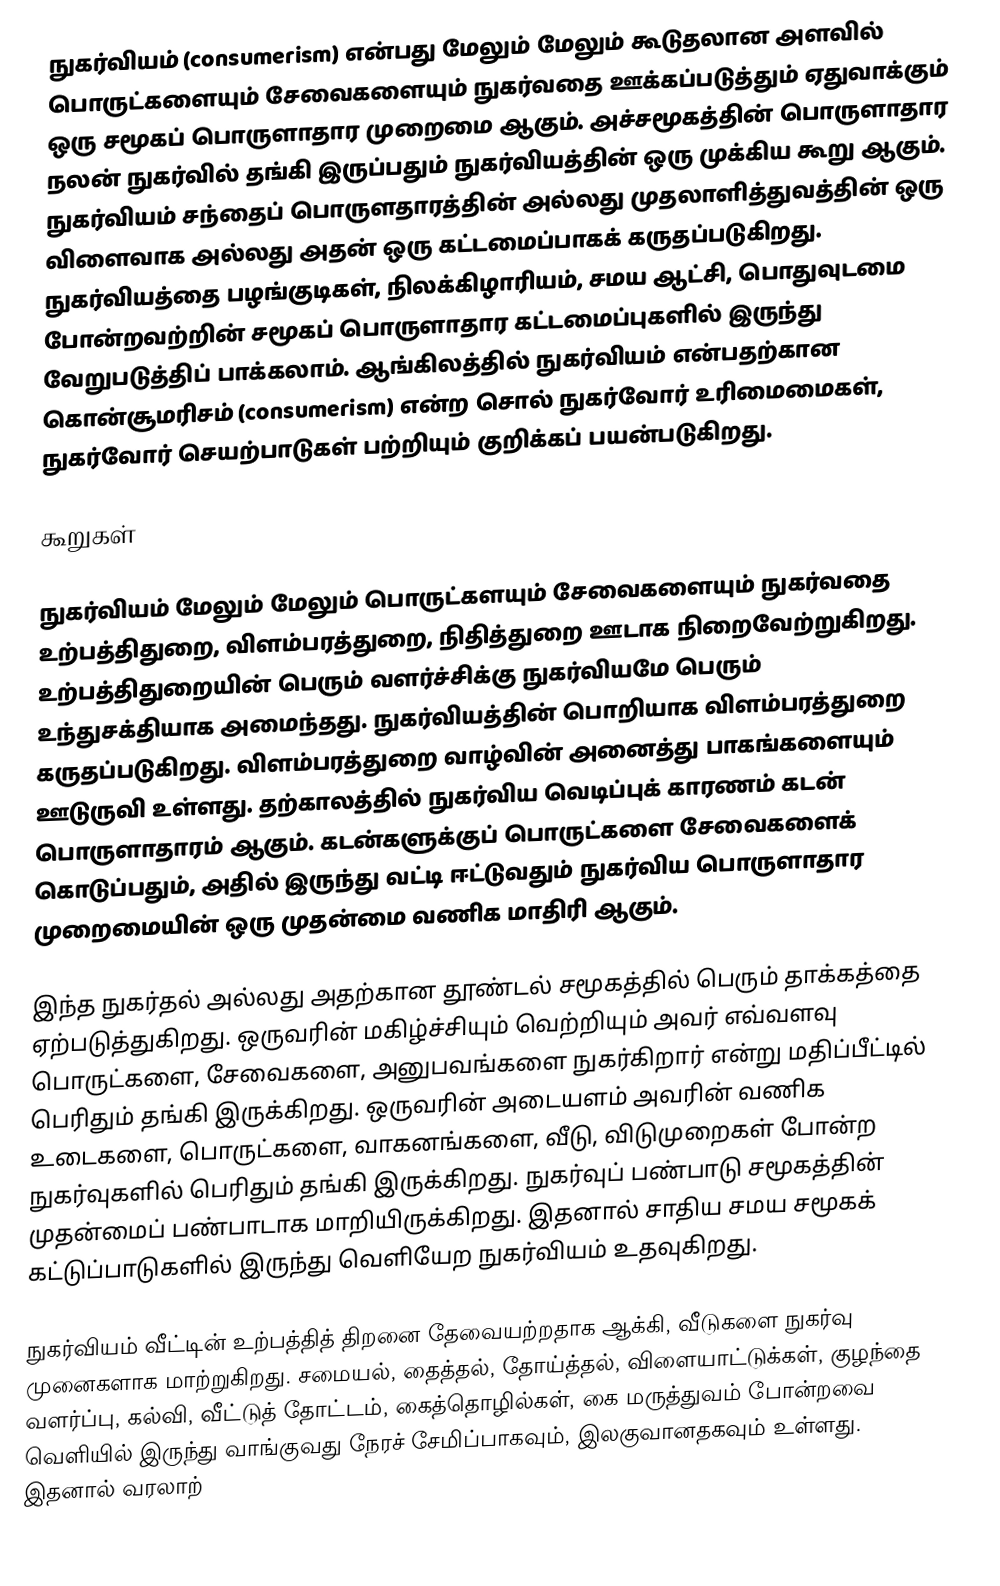
நுகர்வியம் (consumerism) என்பது மேலும் மேலும் கூடுதலான அளவில் பொருட்களையும் சேவைகளையும் நுகர்வதை ஊக்கப்படுத்தும் ஏதுவாக்கும் ஒரு சமூகப் பொருளாதார முறைமை ஆகும்.  அச்சமூகத்தின் பொருளாதார நலன் நுகர்வில் தங்கி இருப்பதும் நுகர்வியத்தின் ஒரு முக்கிய கூறு ஆகும்.  நுகர்வியம் சந்தைப் பொருளதாரத்தின் அல்லது முதலாளித்துவத்தின் ஒரு விளைவாக அல்லது அதன் ஒரு கட்டமைப்பாகக் கருதப்படுகிறது.  நுகர்வியத்தை பழங்குடிகள், நிலக்கிழாரியம், சமய ஆட்சி, பொதுவுடமை போன்றவற்றின் சமூகப் பொருளாதார கட்டமைப்புகளில் இருந்து வேறுபடுத்திப் பாக்கலாம்.  ஆங்கிலத்தில் நுகர்வியம் என்பதற்கான கொன்சூமரிசம் (consumerism) என்ற சொல் நுகர்வோர் உரிமைமைகள், நுகர்வோர் செயற்பாடுகள் பற்றியும் குறிக்கப் பயன்படுகிறது.

கூறுகள்

நுகர்வியம் மேலும் மேலும் பொருட்களயும் சேவைகளையும் நுகர்வதை உற்பத்திதுறை, விளம்பரத்துறை, நிதித்துறை ஊடாக நிறைவேற்றுகிறது.  உற்பத்திதுறையின் பெரும் வளர்ச்சிக்கு நுகர்வியமே பெரும் உந்துசக்தியாக அமைந்தது.  நுகர்வியத்தின் பொறியாக விளம்பரத்துறை கருதப்படுகிறது.  விளம்பரத்துறை வாழ்வின் அனைத்து பாகங்களையும் ஊடுருவி உள்ளது.  தற்காலத்தில் நுகர்விய வெடிப்புக் காரணம் கடன் பொருளாதாரம் ஆகும்.  கடன்களுக்குப் பொருட்களை சேவைகளைக் கொடுப்பதும், அதில் இருந்து வட்டி ஈட்டுவதும் நுகர்விய பொருளாதார முறைமையின் ஒரு முதன்மை வணிக மாதிரி ஆகும்.

இந்த நுகர்தல் அல்லது அதற்கான தூண்டல் சமூகத்தில் பெரும் தாக்கத்தை ஏற்படுத்துகிறது.  ஒருவரின் மகிழ்ச்சியும் வெற்றியும் அவர் எவ்வளவு பொருட்களை, சேவைகளை, அனுபவங்களை நுகர்கிறார் என்று மதிப்பீட்டில் பெரிதும் தங்கி இருக்கிறது.  ஒருவரின் அடையளம் அவரின் வணிக உடைகளை, பொருட்களை, வாகனங்களை, வீடு, விடுமுறைகள் போன்ற நுகர்வுகளில் பெரிதும் தங்கி இருக்கிறது.  நுகர்வுப் பண்பாடு சமூகத்தின் முதன்மைப் பண்பாடாக மாறியிருக்கிறது.  இதனால் சாதிய சமய சமூகக் கட்டுப்பாடுகளில் இருந்து வெளியேற நுகர்வியம் உதவுகிறது.

நுகர்வியம் வீட்டின் உற்பத்தித் திறனை தேவையற்றதாக ஆக்கி, வீடுகளை நுகர்வு முனைகளாக மாற்றுகிறது.  சமையல், தைத்தல், தோய்த்தல், விளையாட்டுக்கள், குழந்தை வளர்ப்பு, கல்வி, வீட்டுத் தோட்டம், கைத்தொழில்கள், கை மருத்துவம் போன்றவை வெளியில் இருந்து வாங்குவது நேரச் சேமிப்பாகவும், இலகுவானதகவும் உள்ளது.  இதனால் வரலாற்